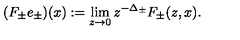
( F _ { \pm } e _ { \pm } ) ( x ) : = \lim _ { z \to 0 } z ^ { - \Delta _ { \pm } } F _ { \pm } ( z , x ) .